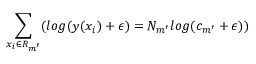
\sum _ { x _ { i } \in R _ { m ^ { \prime } } } ( l o g ( y ( x _ { i } ) + \epsilon ) = N _ { m ^ { \prime } } l o g ( c _ { m ^ { \prime } } + \epsilon ) )